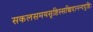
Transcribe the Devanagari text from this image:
सकलसमयसृष्टिस्सच्चिदानन्ददृष्टिः